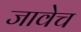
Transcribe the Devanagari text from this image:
जावेच